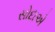
સોદાએ